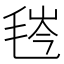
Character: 𬇁